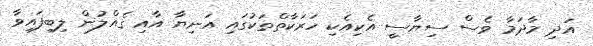
އަދި މާދަމާ ވެސް ސިޔާސީ އެކިއެކި ހަރަކާތްތަކުގައި އަނިޔާ އާއި ގެއްލުން ލިބިފައިވާ